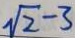
\sqrt { 2 } - 3